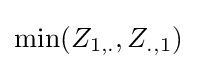
{\text{min}}(Z_{1,.},Z_{.,1})